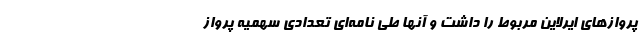
پروازهای ایرلاین مربوط را داشت و آنها طی نامه‌ای تعدادی سهمیه پرواز